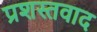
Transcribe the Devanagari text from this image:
प्रशस्तवाद